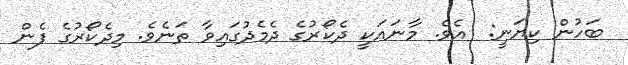
ބަހުން ކިޔަނީ:  އެވެ. މާނައަކީ ދެކޯރުގެ ދެމެދުގައިވާ ތަނެވެ. މިދެކޯރުގެ ފެން